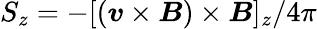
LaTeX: S_{z}=-[(\boldsymbol{v}\times\boldsymbol{B})\times\boldsymbol{B}]_{z}/4\pi